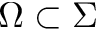
\Omega \subset \Sigma